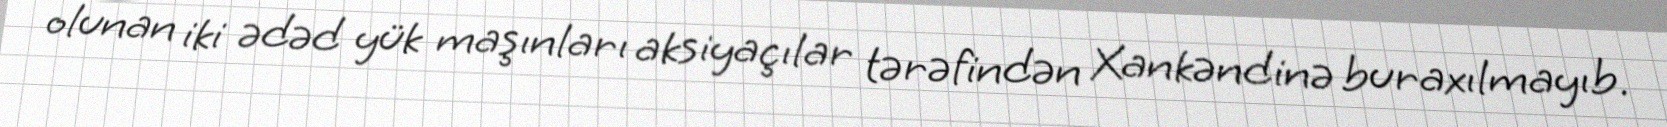
olunan iki ədəd yük maşınları aksiyaçılar tərəfindən Xankəndinə buraxılmayıb.